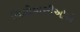
ચિલીવાસીઓએ